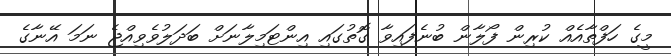
މީގެ ހަފްތާއެއް ކުރިން ފޯލާން ބުނެފައިވާ ގޮތުގައި އިންޓަމިލާނަށް ބަދަލުވެވިއްޖެ ނަމަ އޭނާގެ